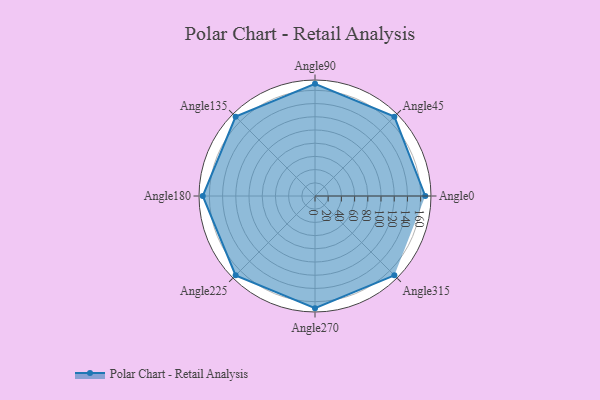
{"axis": {"x": "Angle", "y": "Radius"}, "legend": [""], "data": [{"x": "Angle0", "y": 167.0, "type": ""}, {"x": "Angle45", "y": 170, "type": ""}, {"x": "Angle90", "y": 170, "type": ""}, {"x": "Angle135", "y": 170, "type": ""}, {"x": "Angle180", "y": 170, "type": ""}, {"x": "Angle225", "y": 170, "type": ""}, {"x": "Angle270", "y": 170, "type": ""}, {"x": "Angle315", "y": 170, "type": ""}]}